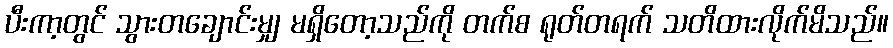
ပီးကာ့တွင် သွားတချောင်းမျှ မရှိတော့သည်ကို တက်စ ရုတ်တရက် သတိထားလိုက်မိသည်။